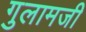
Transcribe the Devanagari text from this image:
गुलामजी